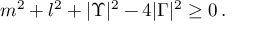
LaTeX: m ^ { 2 } + l ^ { 2 } + | \Upsilon | ^ { 2 } - 4 | \Gamma | ^ { 2 } \geq 0 \, .